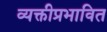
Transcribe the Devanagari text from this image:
व्यक्तीप्रभावित